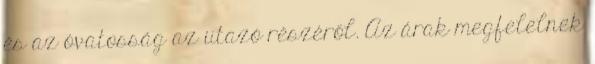
és az óvatosság az utazó részéről. Az árak megfelelnek